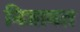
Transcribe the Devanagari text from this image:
निजाबत